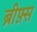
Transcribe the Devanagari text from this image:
ब्रीफ़्स